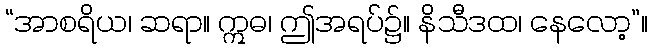
“အာစရိယ၊ ဆရာ။ ဣဓ၊ ဤအရပ်၌။ နိသီဒထ၊ နေလော့”။